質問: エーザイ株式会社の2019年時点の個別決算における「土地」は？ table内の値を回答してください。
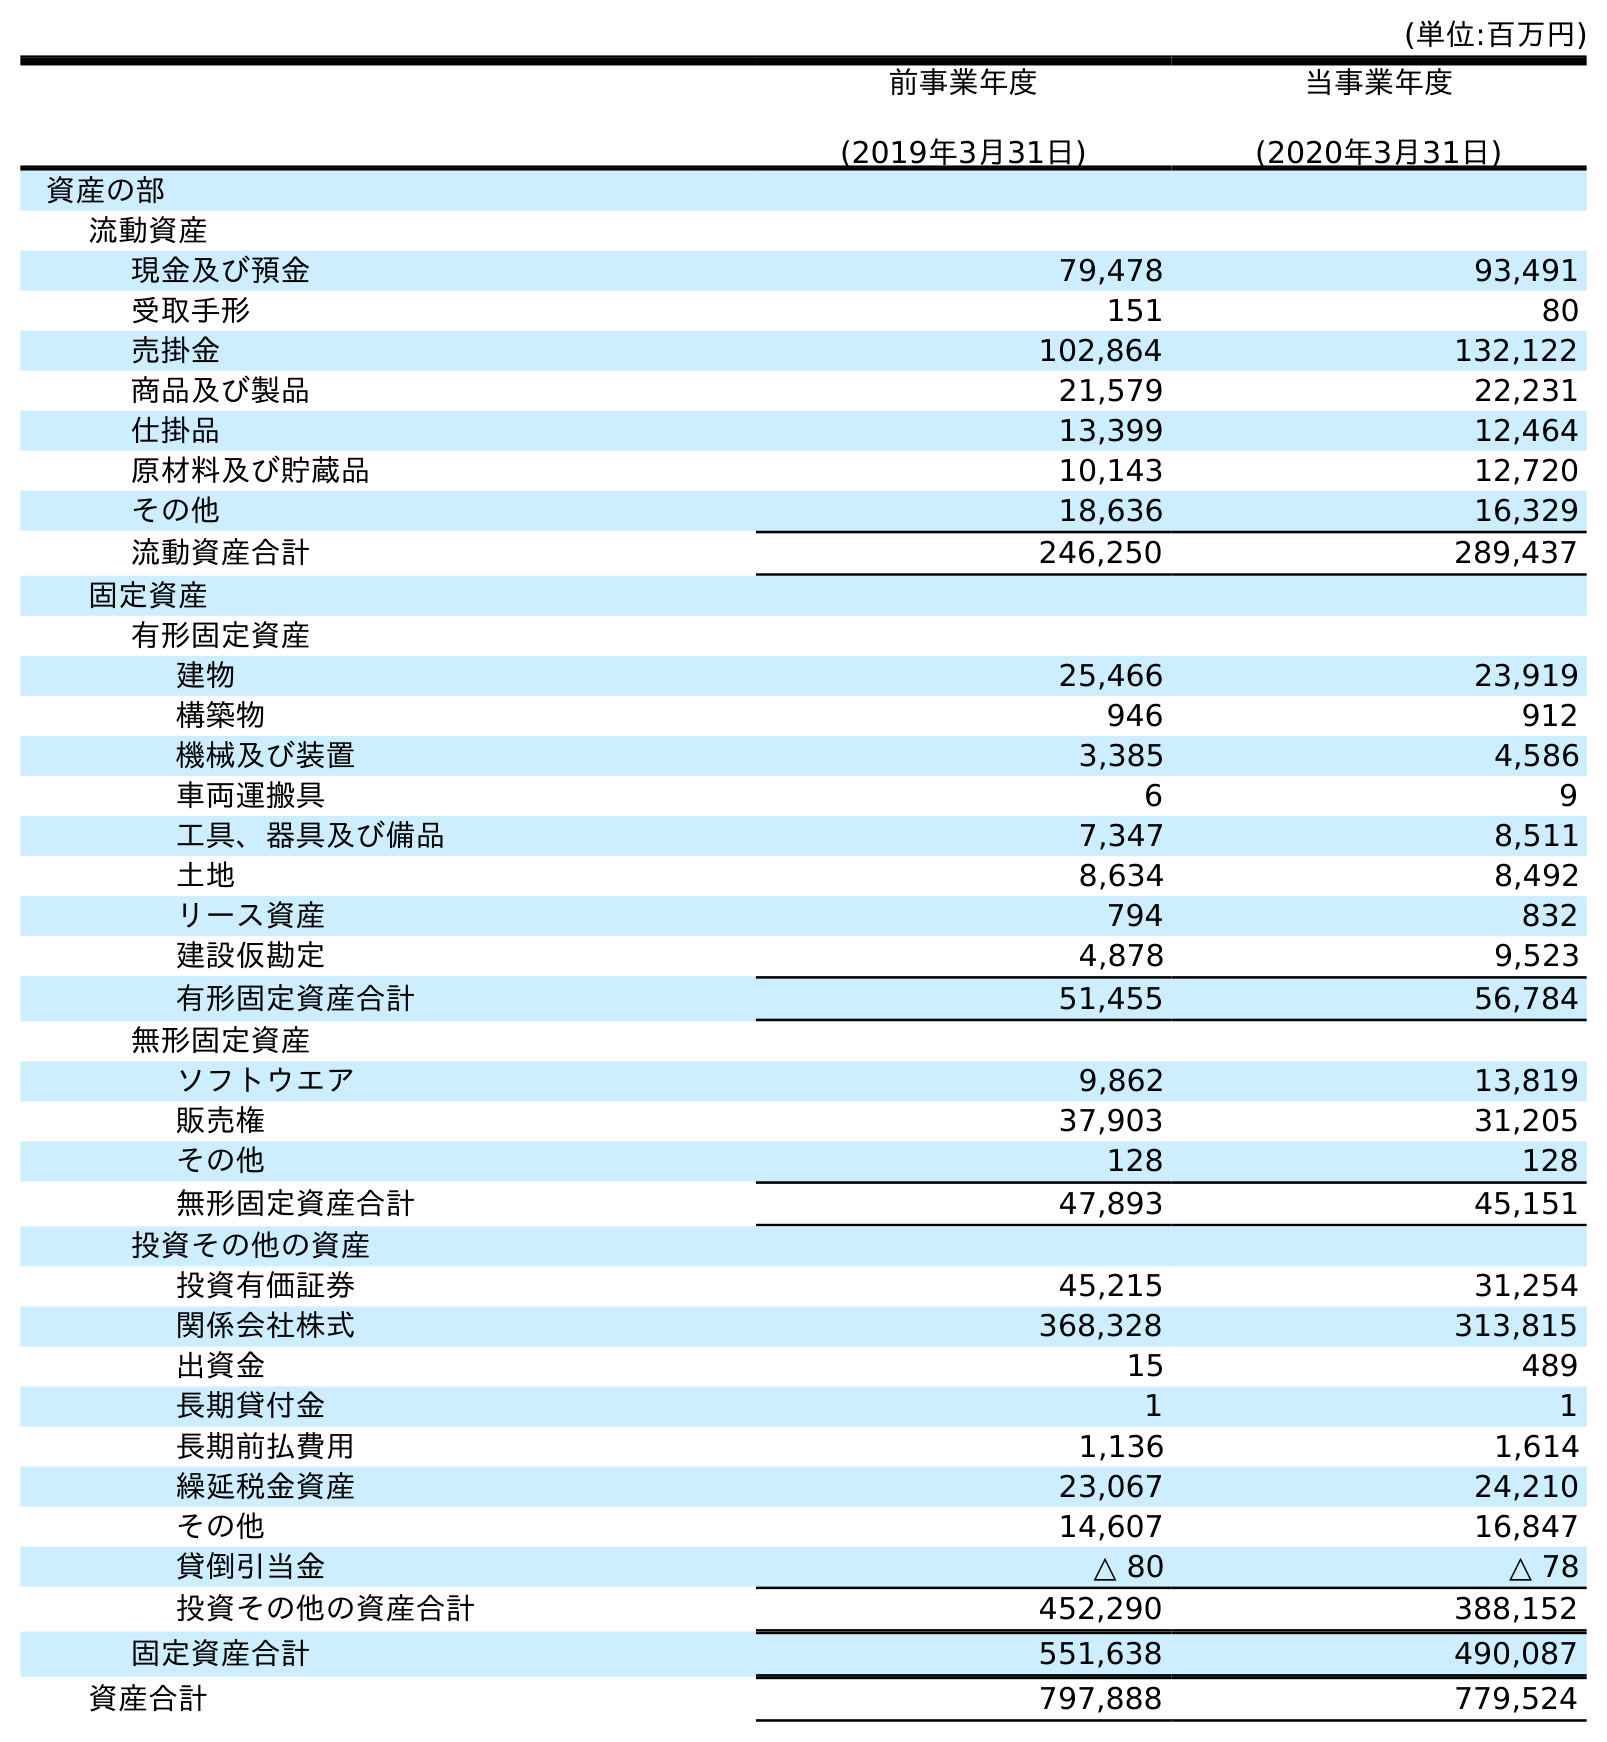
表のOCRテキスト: (単位:百万円) 前事業年度 (2019年3月31日) 当事業年度 (2020年3月31日) 資産の部 流動資産 現金及び預金 79,478 93,491 受取手形 151 80 売掛金 102,864 132,122 商品及び製品 21,579 22,231 仕掛品 13,399 12,464 原材料及び貯蔵品 10,143 12,720 その他 18,636 16,329 流動資産合計 246,250 289,437 固定資産 有形固定資産 建物 25,466 23,919 構築物 946 912 機械及び装置 3,385 4,586 車両運搬具 6 9 工具、器具及び備品 7,347 8,511 土地 8,634 8,492 リース資産 794 832 建設仮勘定 4,878 9,523 有形固定資産合計 51,455 56,784 無形固定資産 ソフトウエア 9,862 13,819 販売権 37,903 31,205 その他 128 128 無形固定資産合計 47,893 45,151 投資その他の資産 投資有価証券 45,215 31,254 関係会社株式 368,328 313,815 出資金 15 489 長期貸付金 1 1 長期前払費用 1,136 1,614 繰延税金資産 23,067 24,210 その他 14,607 16,847 貸倒引当金 △ 80 △ 78 投資その他の資産合計 452,290 388,152 固定資産合計 551,638 490,087 資産合計 797,888 779,524
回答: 8,634